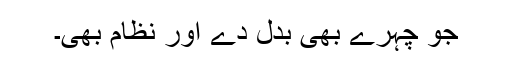
جو چہرے بھی بدل دے اور نظام بھی۔